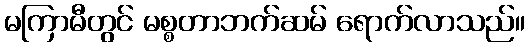
မကြာမီတွင် မစ္စတာဘက်ဆမ် ရောက်လာသည်။